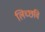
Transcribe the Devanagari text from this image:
लिच्‍छवि